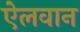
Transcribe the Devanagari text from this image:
ऐलवान